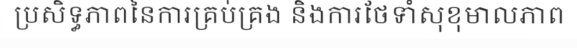
ប្រសិទ្ធភាពនៃការគ្រប់គ្រង និងការថែទាំសុខុមាលភាព